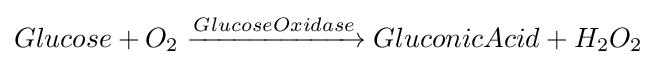
Glucose+O_{2}\xrightarrow {GlucoseOxidase} GluconicAcid+H_{2}O_{2}